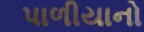
પાળીયાનો